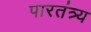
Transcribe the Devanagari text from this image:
पारतंत्र्य